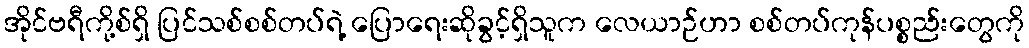
အိုင်ဗရီကို့စ်ရှိ ပြင်သစ်စစ်တပ်ရဲ့ ပြောရေးဆိုခွင့်ရှိသူက လေယာဉ်ဟာ စစ်တပ်ကုန်ပစ္စည်းတွေကို